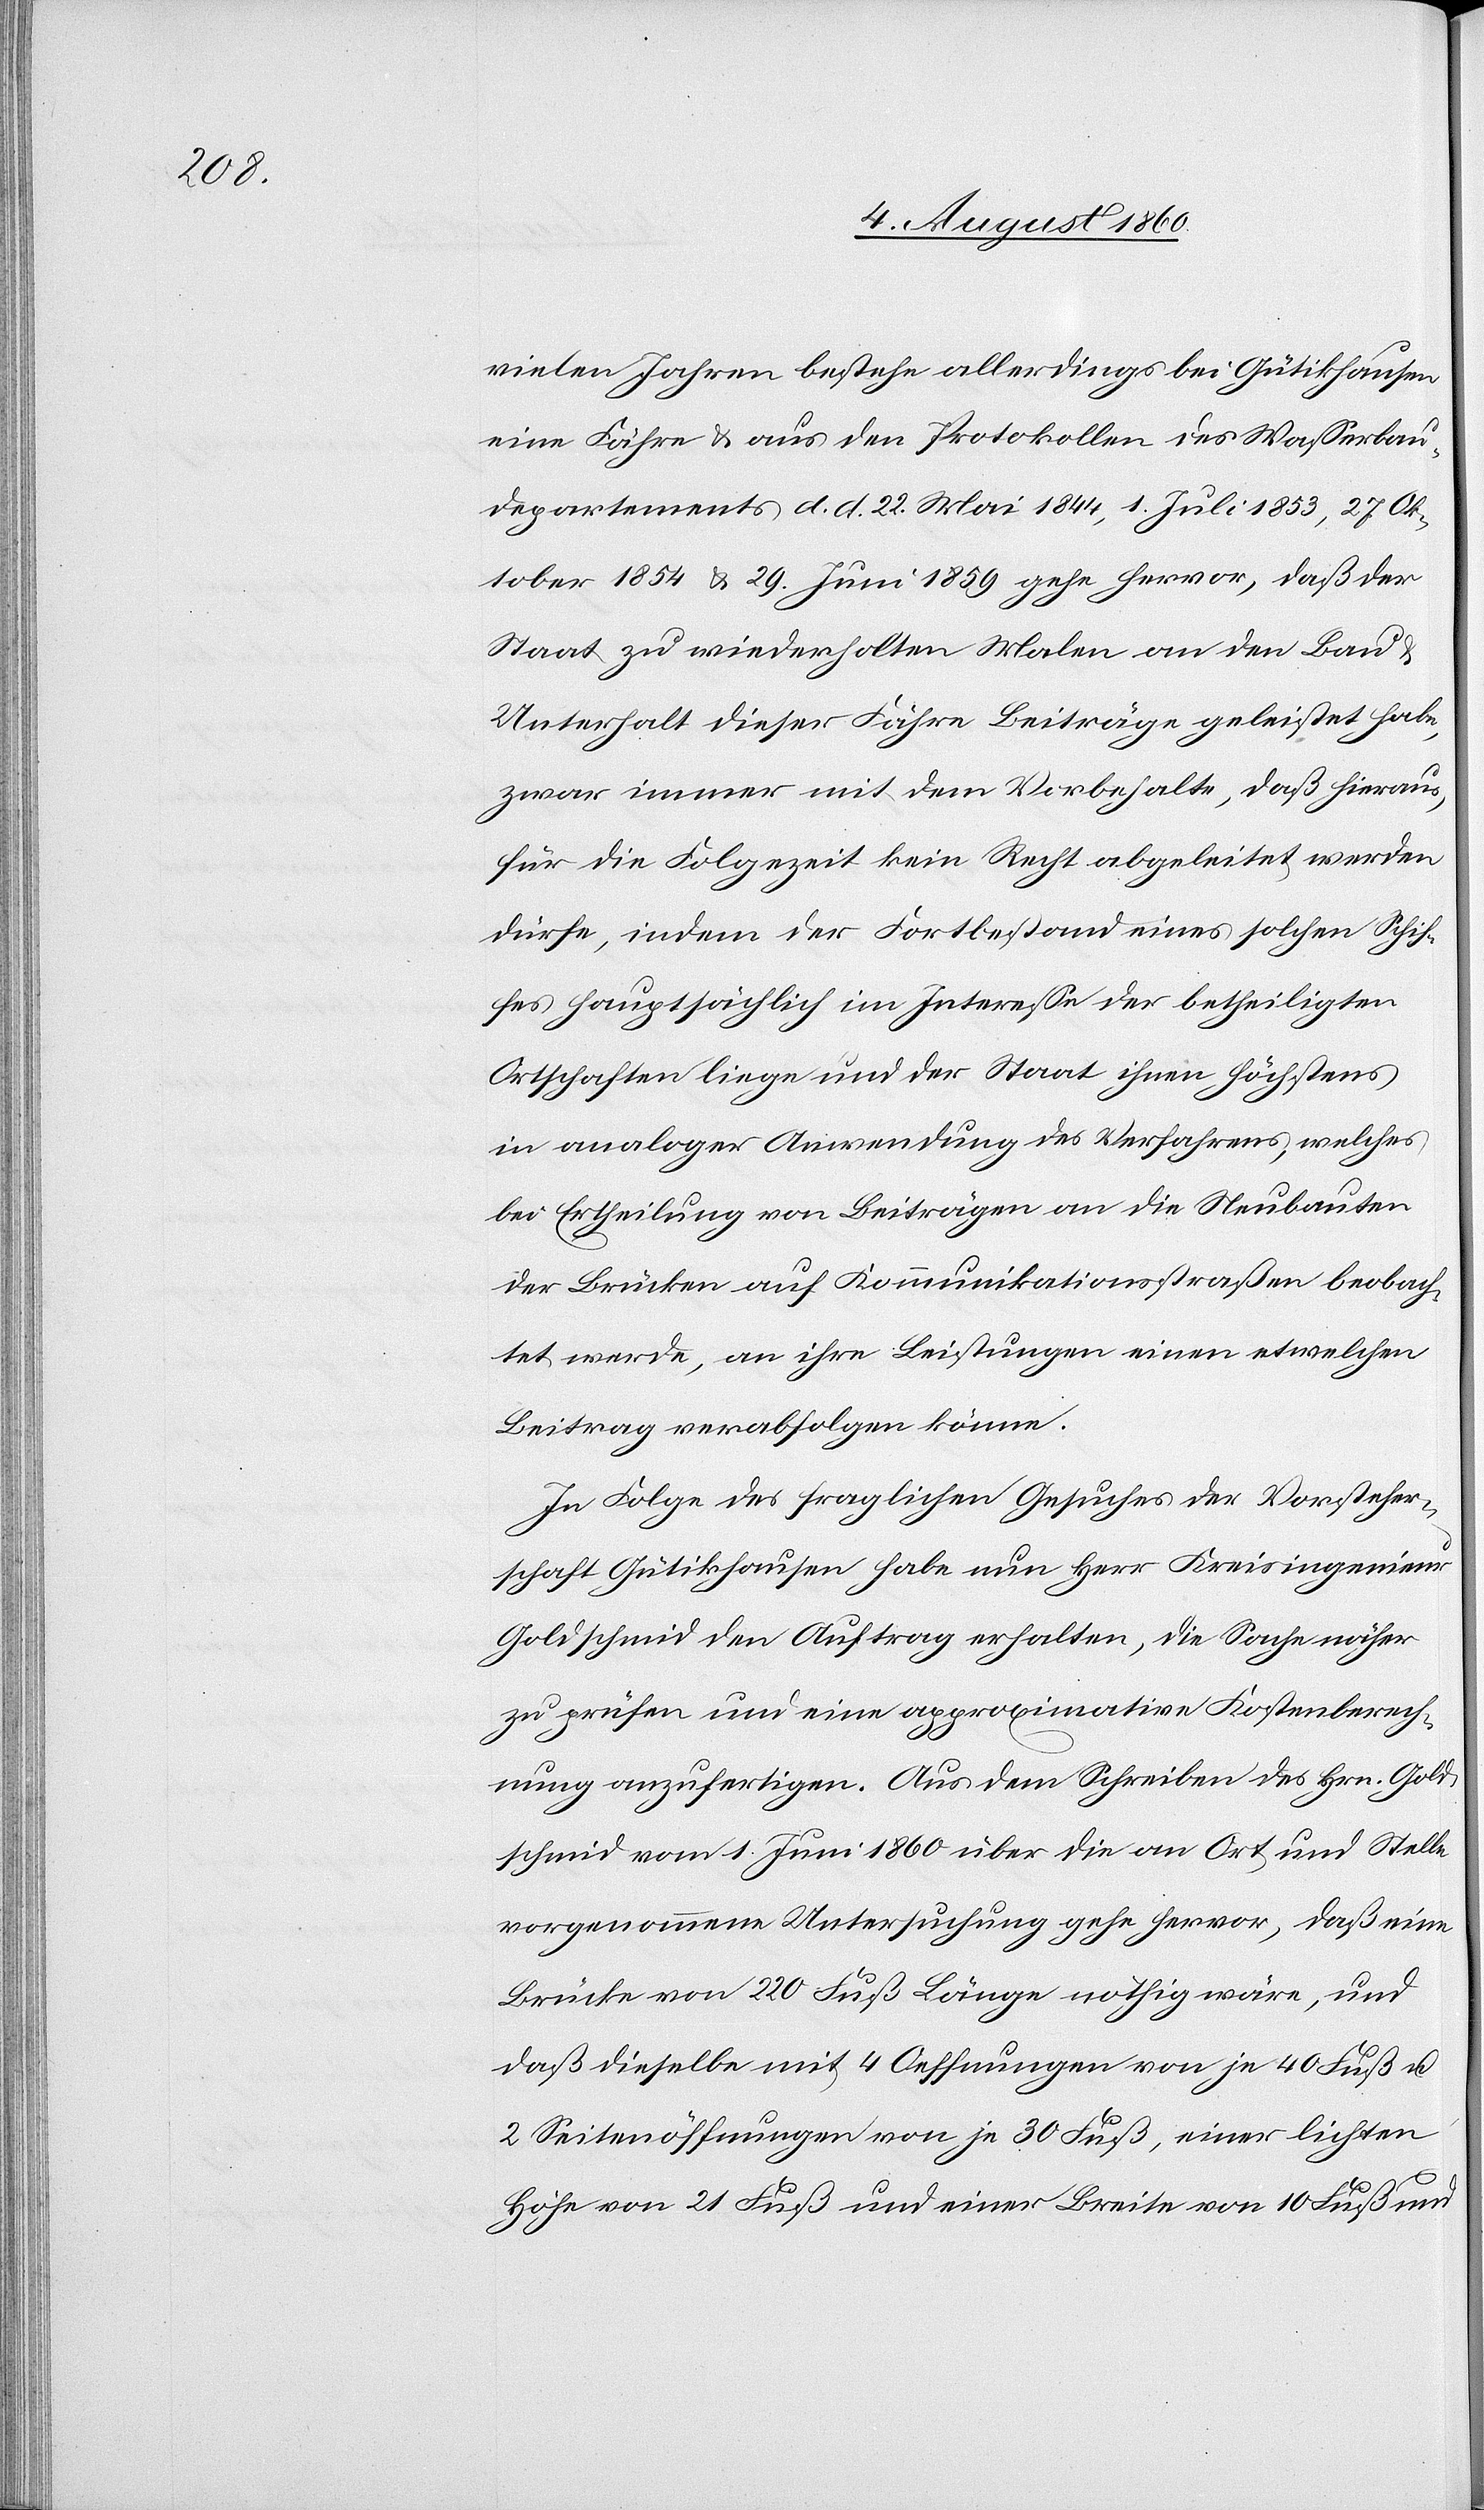
1859

vielen Jahren bestehe allerdings bei Gütikhausen
eine Fähre u. aus den Protokollen des Wasserbau¬
departements d. d. 22. Mai 1844, 1. Heumonat 1853, 27.
Staat zu wiederholten Malen an den Bau
Unterhalt dieser Fähre Beiträge geleistet habe,
zwar immer mit dem Vorbehalt, dass hieraus,
für die Folgezeit kein Recht abgeleitet werden
dürfe, indem der Fortbestand eines solchen Schif¬
fes hauptsächlich im Interesse der betheiligten
Ortschaften liege und der Staat ihnen höchstens
in analoger Anwendung des Verfahrens, welche
bei Ertheilung von Beiträgen an die Neubauten
der Brücken auf Kommunikationsstraßen beobach¬
tet werde, an ihre Leistungen einen etwelchen
Beitrag verabfolgen könne.
In Folge des fraglichen Gesuches der Vorsteher¬
schaft Gütikhausen habe nun Hr. Kreisingenieur
Goldschmid den Auftrag erhalten, die Sache anher
zu prüfen und eine approximative Kostenberech¬
nung anzufertigen. Aus dem Schreiben des Hrn. Gold¬
schmid vom 1. Brachmonat 1860 über die an Ort u. Stelle
vorgenommene Untersuchung gehe hervor, daß eine
Brücke von 220 Fuss Länge nöthig wäre und
dass dieselbe mit 4 Öffnungen von je 40 Fuss und
2 Seitenöffnungen von je 30 Fuss, einer lichten
Höhe von 21. Fuss und einer Breite von 10 Fuss